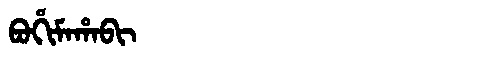
Manchu: ᠪᠣᡥᡳᠮᠠᡥᠠᠪᡳ
Romanization: BOHIMAHABI